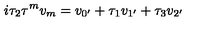
i \tau _ { 2 } \tau ^ { m } v _ { m } = v _ { 0 ^ { \prime } } + \tau _ { 1 } v _ { 1 ^ { \prime } } + \tau _ { 3 } v _ { 2 ^ { \prime } }